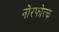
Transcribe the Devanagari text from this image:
नोरफोल्क